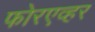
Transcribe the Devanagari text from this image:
फोरएव्हर